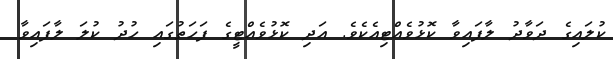
ކުލައިގެ ދަވާދު ލާފައިވާ ކޮޅުވެއްޓިއެކެވެ. އަދި ކޮޅުވެއްޓީގެ ފަހަތުގައި ހުދު ކުލަ ލާފައިވާ